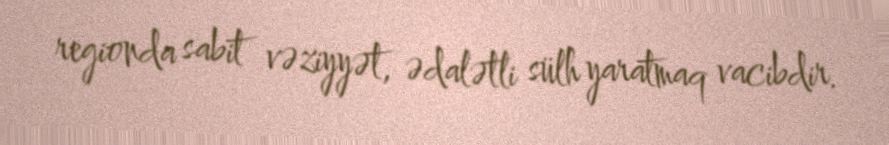
regionda sabit vəziyyət, ədalətli sülh yaratmaq vacibdir.